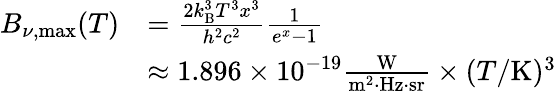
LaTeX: {\begin{array}{rl}{B_{\nu,{\mathrm{max}}}(T)}&{={\frac{2k_{\mathrm{B}}^{3}T^{3}x^{3}}{h^{2}c^{2}}}{\frac{1}{e^{x}-1}}}\\ &{\approx 1.896\times 10^{-19}{\frac{\mathrm{W}}{\mathrm{m^{2}\cdot Hz\cdot sr}}}\times(T/\mathrm{K})^{3}}\end{array}}